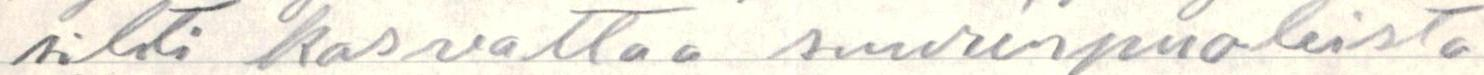
silsti kasvattaa suurenpuoleista